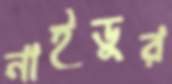
নাইডুর